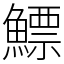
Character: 鰾